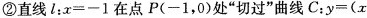
②直线l：x=-1在点P(-1，0)处”切过”曲线C：$$y = ( x